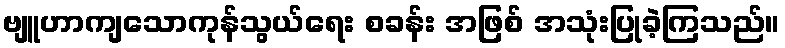
ဗျူဟာကျသောကုန်သွယ်ရေး စခန်း အဖြစ် အသုံးပြုခဲ့ကြသည်။